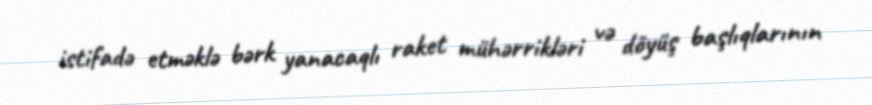
istifadə etməklə bərk yanacaqlı raket mühərrikləri və döyüş başlıqlarının